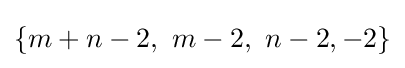
\{m+n-2,~m-2,~n-2,-2\}